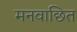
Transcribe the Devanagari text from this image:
मनवाछित